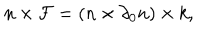
n \times { \cal F } = ( n \times \partial _ { 0 } n ) \times k ,